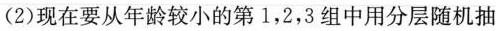
(2)现在要从年龄较小的第1，2，3组中用分层随机抽